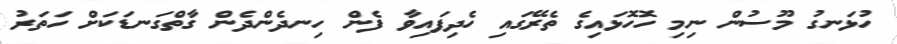
ހުޅަނގު މޫސުން ނިމި ހޮހޮޅައިގެ ތެރޭގައި ހެދިފައިވާ ފެން ހިނދެންދެން ގާތްގަނޑަކަށް ހަތަރު